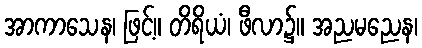
အာကာသေန၊ ဖြင့်။ တိရိယံ၊ ဖီလာ၌။ အညမညေန၊